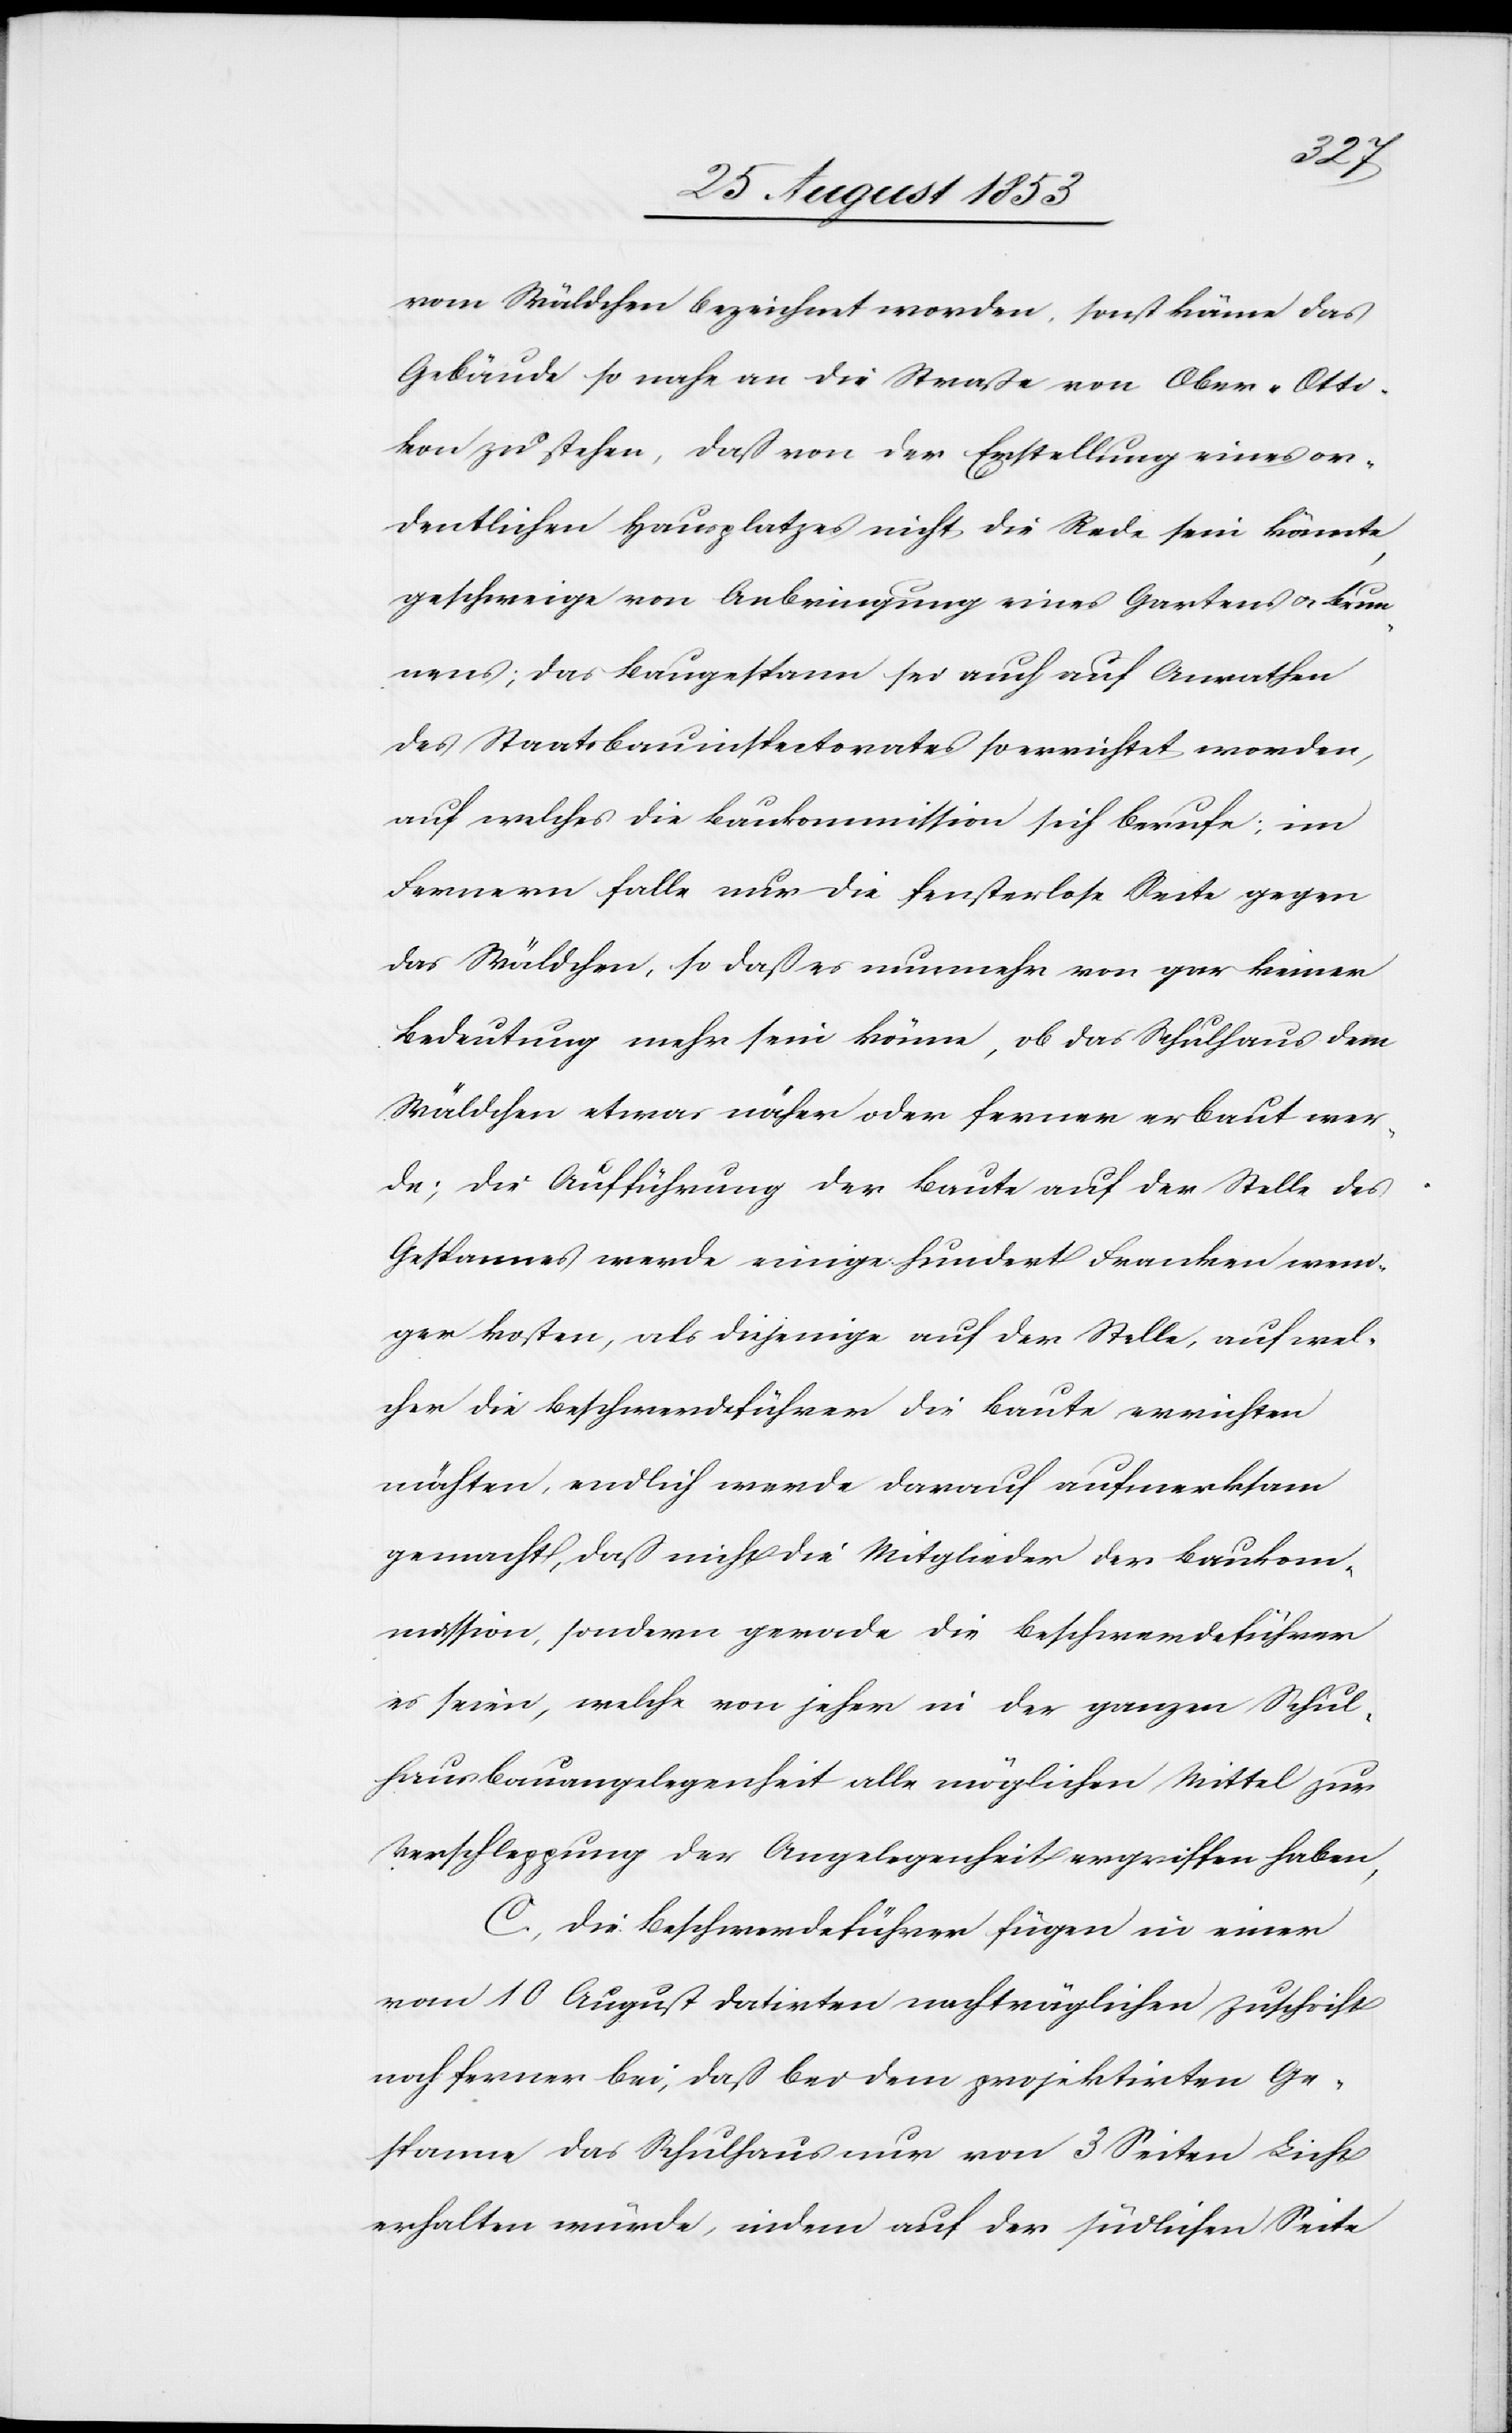
vom Wäldchen bezeichnet worden, sonst käme das
Gebäude so nahe an die Straße von Ober-Otti¬
kon zu stehen, daß von der Erstellung eines or¬
dentlichen Hauptplatzes nicht die Rede sein könnte,
geschweige von Anbringung eines Gartens u. Baum¬
es; das Baugespann sei auch auf Anrathen
des Staatsbauinspektorates so errichtet worden,
auf welches die Baukommission sich berufe; im
Fernern falle nur die fensterlose Seite gegen
das Wäldchen, so daß es nunmehr von gar keiner
Bedeutung mehr sein könne, ob das Schulhaus dem
Wäldchen etwas näher oder ferner erbaut wer¬
de; die Aufführung der Baute auf der Stelle des
Gespannes werde einige hundert Franken weni¬
ger kosten, als diejenige auf der Stelle, auf wel¬
cher die Beschwerdeführer die Baute errichten
möchten, endlich werde darauf aufmerksam
gemacht, daß nicht die Mitglieder der Baukom¬
mission, sondern gerade die Beschwerdeführer
es seien, welche von jeher in der ganzen Schul¬
hausbauangelegenheit alle möglichen Mittel zur
Verschleppung der Angelegenheit ergriffen haben,
C, Die Beschwerdeführer fügen in einer
vom 10 August datirten nachträglichen Zuschrift
noch ferner bei, daß bei dem projektirten Ge¬
spanne das Schulhaus nur von 3 Seiten Licht
erhalten würde, indem auf der südlichen Seite